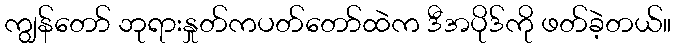
ကျွန်တော် ဘုရားနှုတ်ကပတ်တော်ထဲက ဒီအပိုဒ်ကို ဖတ်ခဲ့တယ်။